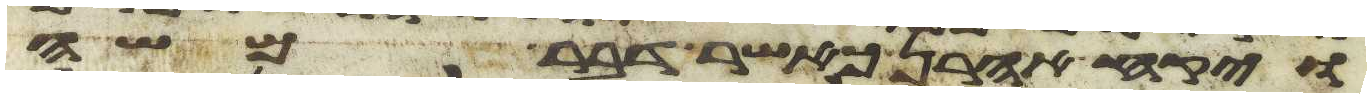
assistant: ויקח אהרן כאשר דבר משה